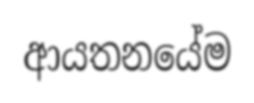
ආයතනයේම